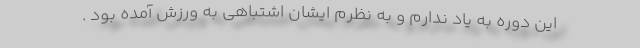
این دوره به یاد ندارم و به نظرم ایشان اشتباهی به ورزش آمده بود .